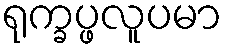
ရုက္ခပ္ဖလူပမာ